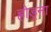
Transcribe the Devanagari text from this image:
ह्रोड्ना